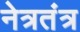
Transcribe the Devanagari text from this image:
नेत्रतंत्र